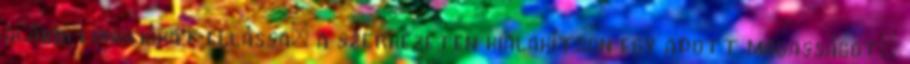
alábbi funkciókat ellássa: a szerkezeten kialakítson egy adott magasságot;